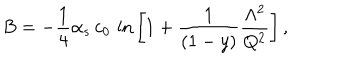
B = - { \frac { 1 } { 4 } } \alpha _ { s } \, c _ { 0 } \, \ln { \left[ 1 + { \frac { 1 } { ( 1 - y ) } } { \frac { \Lambda ^ { 2 } } { Q ^ { 2 } } } \right] } \, ,